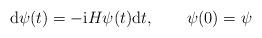
LaTeX: \begin{align*}\mathrm{d}\psi(t)=-\mathrm{i}H\psi(t)\mathrm{d}t,\qquad\psi(0)=\psi\end{align*}